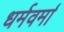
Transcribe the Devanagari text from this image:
धर्मवर्मा